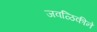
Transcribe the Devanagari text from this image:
जवळिकीने